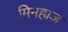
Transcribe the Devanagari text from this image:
मिनहाज़